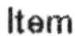
ITEM